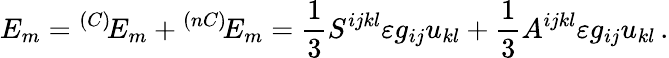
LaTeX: E_{m}={}^{(C)}\! E_{m}+{}^{(nC)}\! E_{m}=\frac 13S^{ijkl}\varepsilon g_{ij}u_{kl}+\frac 13A^{ijkl}\varepsilon g_{ij}u_{kl}\, .